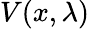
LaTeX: V(x,\lambda)